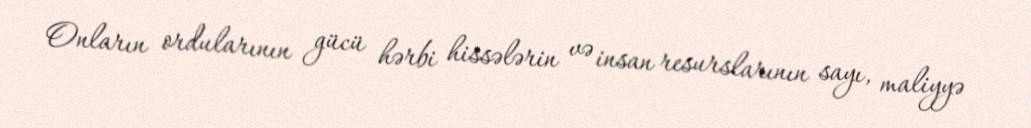
Onların ordularının gücü hərbi hissələrin və insan resurslarının sayı, maliyyə